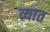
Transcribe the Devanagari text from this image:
व्यात